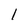
Character: l